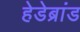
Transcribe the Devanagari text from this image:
हेडेब्रांड